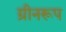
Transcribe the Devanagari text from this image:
ग्रीनरूप